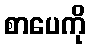
စာပေကို